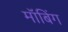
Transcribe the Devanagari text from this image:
मॉबिंग